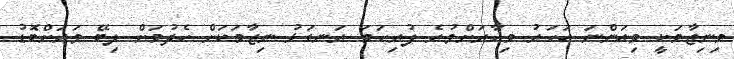
މިނިޒާމަކީ މިއަންނަ އަހަރު މިހާރަށްވުރެ ފުރިހަމަ ރަނގަޅު ނިޒާމަކަށް ހެދުމަށް ލިބޭ ވަރަށްބޮޑު